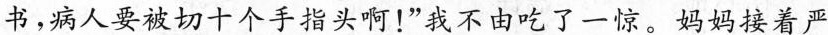
书，病人要被切十个手指头啊！”我不由吃了一惊。妈妈接着严